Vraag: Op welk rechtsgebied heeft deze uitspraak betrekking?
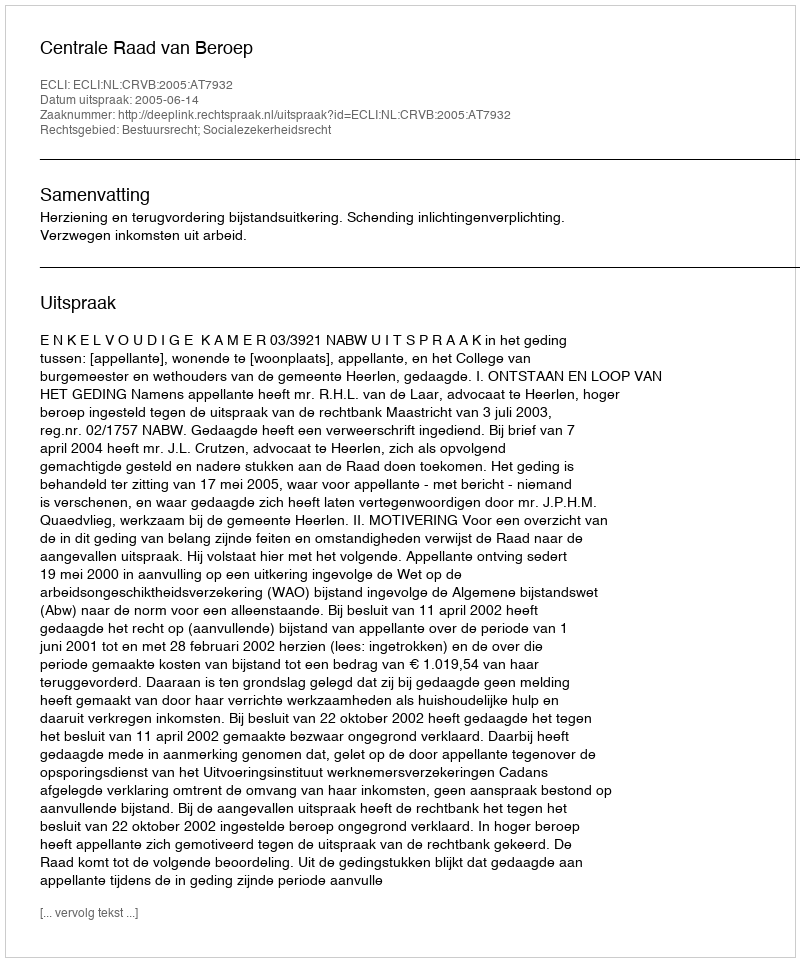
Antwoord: Bestuursrecht; Socialezekerheidsrecht